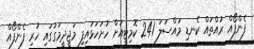
ފެންފޯއް ރުއްތައް ކެނޑި މައްސަލަ 241 ކޮމިޓީއަށް ހުށަހަޅައިފި މަޖީދީމަގުގައި ހުރި ފެންފޯއް